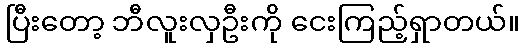
ပြီးတော့ ဘီလူးလှဦးကို ငေးကြည့်ရှာတယ်။